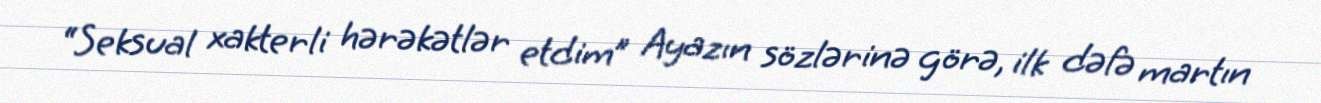
“Seksual xakterli hərəkətlər etdim” Ayazın sözlərinə görə, ilk dəfə martın